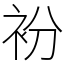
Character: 衯